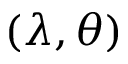
( \lambda , \theta )